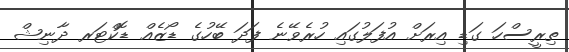
ތިރީސްހަ ގަޑި އިރަށް އުފަލުގައި ހުރެވޭނެ ފަދަ ބޭހުގެ ޑޯޒެއް ޑޮކްޓަރ ދާނިޝް